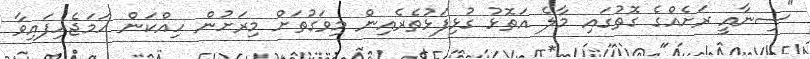
"ސިނާއީ ރަށެއްގެ ގޮތުގައި މާލެ އަތޮޅު ގުޅިފަޅުތެރެއިން މިވަގުތަށް މިރަށުން ހިއްކަން ހަމަޖެހިފައިވާ